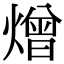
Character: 熷